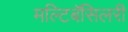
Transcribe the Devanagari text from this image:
मल्टिबॅसिलरी